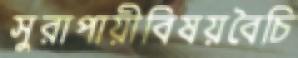
সুরাপায়ীবিষয়বৈচি